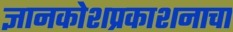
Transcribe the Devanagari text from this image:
ज्ञानकोशप्रकाशनाचा